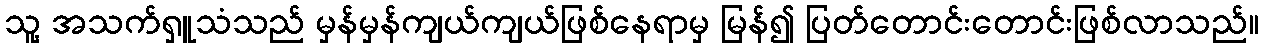
သူ့ အသက်ရှူသံသည် မှန်မှန်ကျယ်ကျယ်ဖြစ်နေရာမှ မြန်၍ ပြတ်တောင်းတောင်းဖြစ်လာသည်။